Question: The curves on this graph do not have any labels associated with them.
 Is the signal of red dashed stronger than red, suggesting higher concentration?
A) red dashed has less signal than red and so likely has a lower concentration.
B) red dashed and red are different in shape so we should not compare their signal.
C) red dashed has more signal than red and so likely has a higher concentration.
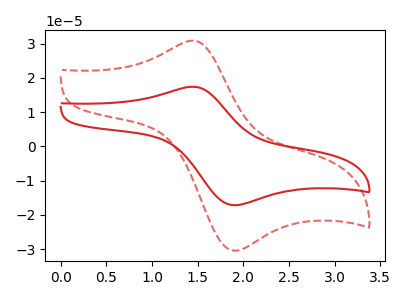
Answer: <think>The red curve "red" has an anodic peak at (1.45V, 17.40uA) and a cathodic peak at (1.95V, -17.15uA). The red dashed curve "red dashed" has an anodic peak at (1.45V, 30.85uA) and a cathodic peak at (1.95V, -30.40uA).
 All the peaks in "red dashed" have a peak in "red" at the same potential. Every peak in "red dashed" is higher than every peak in "red".</think>
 <answer>C) "red dashed" has more signal than "red" and so likely has a higher concentration.</answer>
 <eval>C</eval>